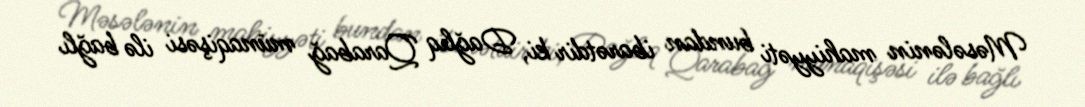
Məsələnin mahiyyəti bundan ibarətdir ki, Dağlıq Qarabağ münaqişəsi ilə bağlı